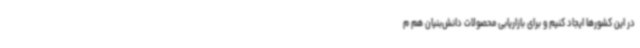
در این کشورها ایجاد کنیم و برای بازاریابی محصولات دانش‌بنیان هم م